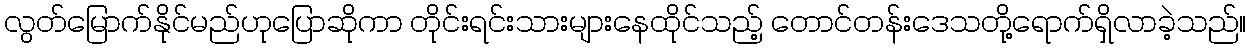
လွတ်မြောက်နိုင်မည်ဟုပြောဆိုကာ တိုင်းရင်းသားများနေထိုင်သည့် တောင်တန်းဒေသတို့ရောက်ရှိလာခဲ့သည်။